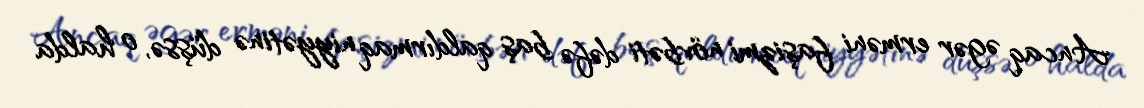
Ancaq əgər erməni faşizmi növbəti dəfə baş qaldırmaq niyyətinə düşsə, o halda